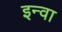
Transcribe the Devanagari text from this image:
इन्वा